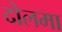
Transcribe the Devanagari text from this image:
दोलमा